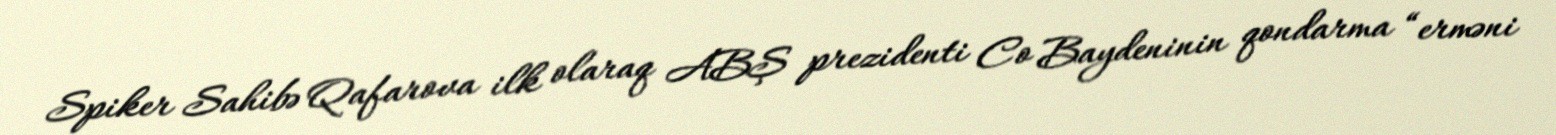
Spiker Sahibə Qafarova ilk olaraq ABŞ prezidenti Co Baydeninin qondarma “erməni